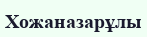
Хожаназарұлы